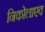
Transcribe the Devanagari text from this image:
निकोलाएव